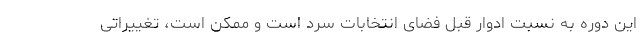
این دوره به نسبت ادوار قبل فضای انتخابات سرد است و ممکن است، تغییراتی